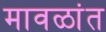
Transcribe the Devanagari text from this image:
मावळांत